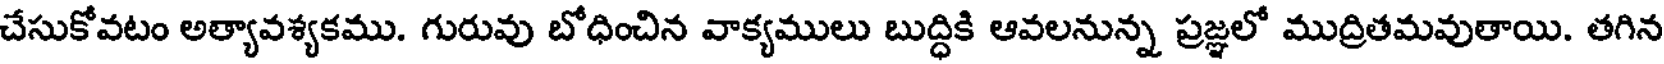
చేసుకోవటం అత్యావశ్యకము. గురువు బోధించిన వాక్యములు బుద్ధికి ఆవలనున్న ప్రజ్ఞలో ముద్రితమవుతాయి. తగిన